Report on plague in the Punjab from October 1st ... to September 30th ..., being the ... season of plague in the province
Disease focus: Plague
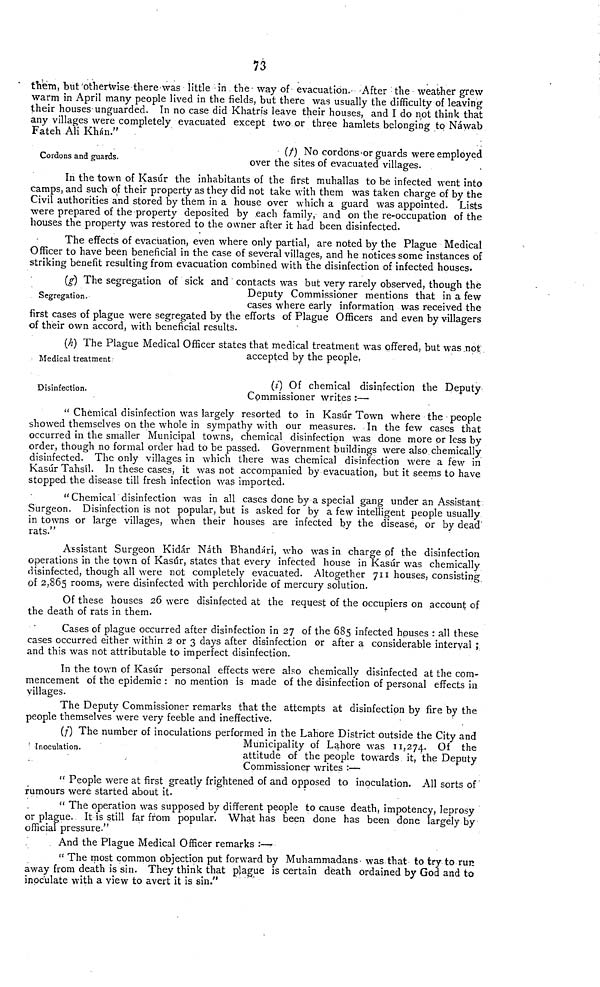
73
them, but'otherwise there was little in the way of-evacuation.- -After the weather grew
warm in April many people lived in the fields, but there was usually the difficulty of leaving
their houses unguarded. In no case did Khatrfs leave their houses, and I do not think that
any villages were completely evacuated except two or three hamlets belonging to Nawab
Fateh Ali Khan."
• * S . •
Cordons and guards.
(/) No cordons'or guards were employed
over the sites of evacuated villages.
In the town of Kasur the inhabitants of the first muhallas to be infected went into
camps, and such of their property as they did not take with them was taken charge of by the
Civil authorities and stored by them in a house over which a guard was appointed. Lists
were prepared of the property deposited by each family, and on the re-occupation of the
houses the property was restored to the owner after it had been disinfected.
The effects of evacuation, even where only partial, are noted by the Plague Medical
Officer to have been beneficial in the case of several villages, and he notices some instances of
striking benefit resulting from evacuation combined with the disinfection of infected houses.
Segregation.
(g) The segregation of sick and contacts was but very rarely observed, though the
Deputy Commissioner mentions that in a few
cases where early information was received the
first cases of plague were segregated by the efforts of Plague Officers and even by villagers
of their own accord, with beneficial results-
Medical treatment
(h) The Plague Medical Officer states that medical treatment was offered, but was not
accepted by the people.
Disinfection.
(i) Of chemical disinfection the Deputy
Commissioner writes :—
" Chemical disinfection was largely resorted to in Kasur Town where the people
showed themselves on the whole in sympathy with our measures. In the few cases that
occurred in the smaller Municipal towns, chemical disinfection was done more or less by
order, though no formal order had to be passed. Government buildings were also chemically
disinfected. The only villages in which there was chemical disinfection were a few in
Kasur Tahsil. In these cases, it was not accompanied by evacuation, but it seems to have
stopped the disease till fresh infection was imported.
" Chemical disinfection was in all cases done by a special gang under an Assistant
Surgeon. Disinfection is not popular, but is asked for by a few intelligent people usually
in towns or large villages, when their houses are infected by the disease, or by dead'
rats."
Assistant Surgeon Kidar Nath Bhandari, who was in charge of the disinfection
operations in the town of Kasur, states that every infected house in Kasur was chemically
disinfected, though all were not completely evacuated. Altogether 711 houses, consisting
of 2,865 rooms, were disinfected with perchloride of mercury solution.
Of these houses 26 were disinfected at the request of the occupiers on account of
the death of rats in them.
Cases of plague occurred after disinfection in 27 of the 685 infected houses : all these
cases occurred either within 2 or 3 days after disinfection or after a considerable interval ;
and this was not attributable to imperfect disinfection.
In the town of Kasur personal effects were also chemically disinfected at the com-
mencement of the epidemic : no mention is made of the disinfection of personal effects in
villages.
The Deputy Commissioner remarks that the attempts at disinfection by fire by the
people themselves were very feeble and ineffective.
Inoculation.
(/) The number of inoculations performed in the Lahore District outside the City and
Municipality of Lahore was 11,274. Of the
attitude of the people towards it, the Deputy
Commissioner writes :—
" People were at first greatly frightened of and opposed to inoculation. All sorts of"
rumours were started about it.
" The operation was supposed by different people to cause death, impotency, leprosy
or plague. It is still far from popular. What has been done has been done largely by
official pressure."
And the Plague Medical Officer remarks :—
" The most common objection put forward by Muhammadans • was that to try to run
away from death is sin. They think that plague is certain death ordained by God and to
inoculate with a view to avert it is sin."